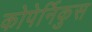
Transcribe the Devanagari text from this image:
कोपेर्निकुस